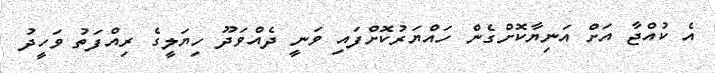
އެ ކުއްޖާ އަށް އަނިޔާކޮށްގެން ހައްޔަރުކޮށްފައި ވަނީ ދެއްވަދޫ ހިޔަލީގެ ރިއްފަތު ވަހީދު